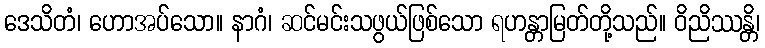
ဒေသိတံ၊ ဟောအပ်သော။ နာဂံ၊ ဆင်မင်းသဖွယ်ဖြစ်သော ရဟန္တာမြတ်တို့သည်။ ဝိညိဿန္တိ၊